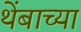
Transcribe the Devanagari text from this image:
थेंबाच्या